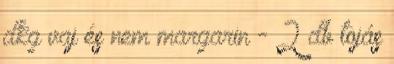
dkg vaj és nem margarin - 2 db tojás